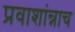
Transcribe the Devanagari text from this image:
प्रवाशांन्नाच